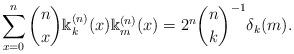
LaTeX: \begin{align*}\sum_{x=0}^n\binom{n}{x}\Bbbk_k^{(n)}(x)\Bbbk_m^{(n)}(x)=2^n\binom{n}{k}^{-1}\delta_k(m).\end{align*}